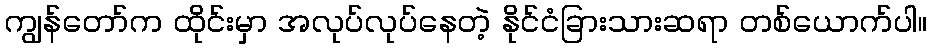
ကျွန်တော်က ထိုင်းမှာ အလုပ်လုပ်နေတဲ့ နိုင်ငံခြားသားဆရာ တစ်ယောက်ပါ။